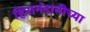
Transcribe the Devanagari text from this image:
हिरानंदानीच्या